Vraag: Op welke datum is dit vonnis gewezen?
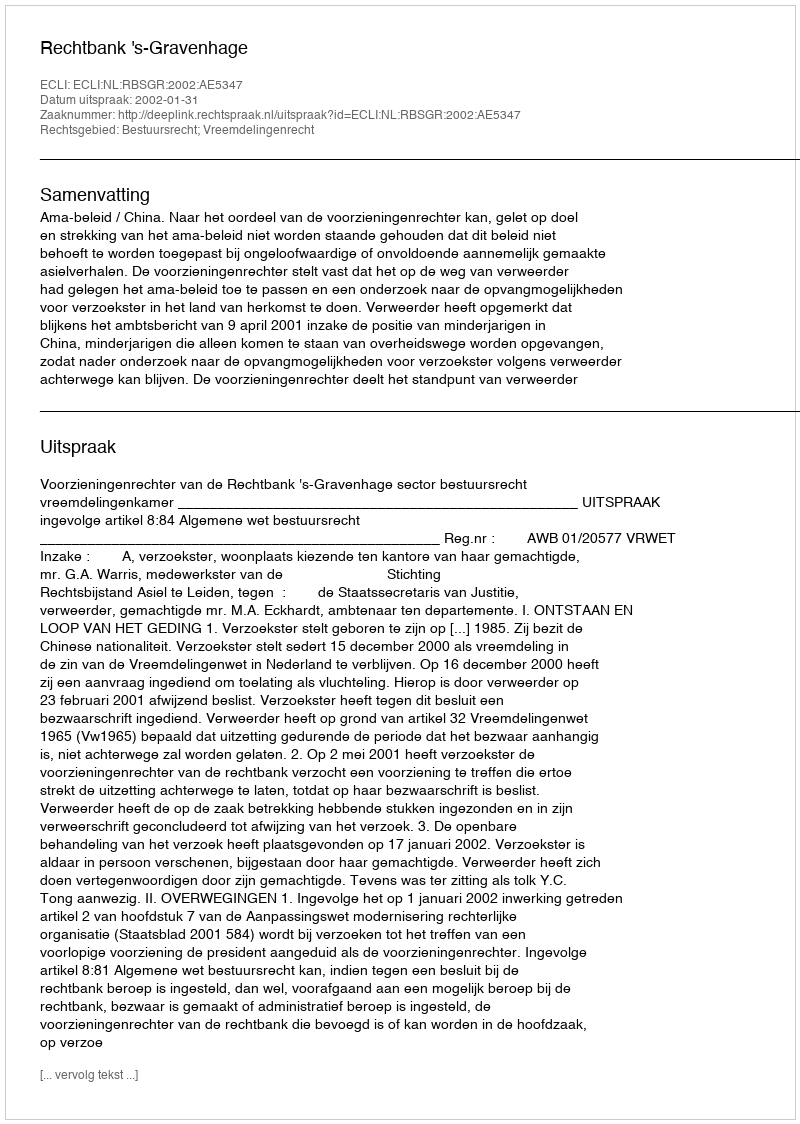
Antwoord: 2002-01-31